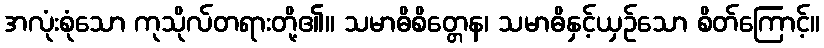
အလုံးစုံသော ကုသိုလ်တရားတို့၏။ သမာဓိစိတ္တေန၊ သမာဓိနှင့်ယှဉ်သော စိတ်ကြောင့်။